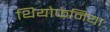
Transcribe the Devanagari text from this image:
थियोफेनिया